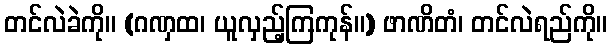
တင်လဲခဲကို။ (ဂဏှထ၊ ယူလှည့်ကြကုန်။) ဖာဏိတံ၊ တင်လဲရည်ကို။